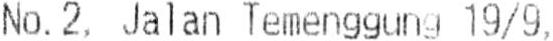
NO. 2, JALAN TEMENGGUNG 19/9,